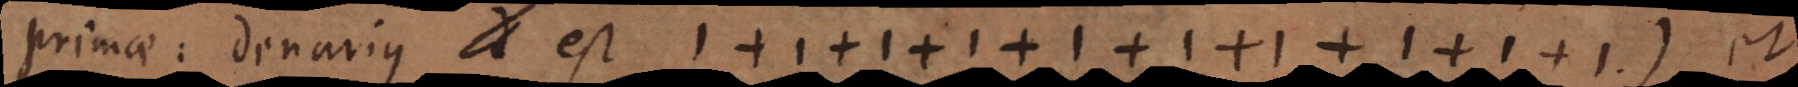
primae: denarius est 1 + 1 + 1 + 1 + 1 + 1 + 1 + 1 + 1 + 1) et